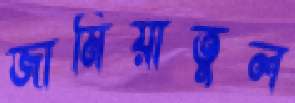
জামিয়াতুল